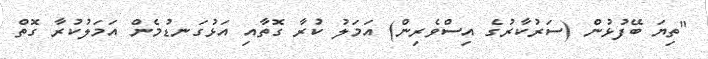
"ތިޔަ ބޭފުޅުން (ސަރުކާރުގެ އިސްވެރިން) އަމަލު ކުރާ ގޮތާއި އަޅުގަނޑުމެން އަމަލުކުރާ ގޮތް